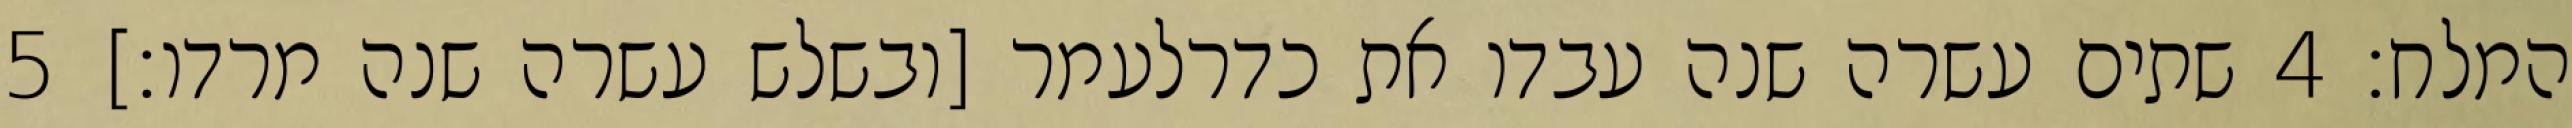
המלח׃ ‎4‏ שתים עשרה שנה עבדו את כדרלעמר [ובשלש עשרה שנה מרדו׃] ‎5‏